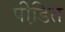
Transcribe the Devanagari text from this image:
पीडि़त